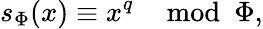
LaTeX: s_{\Phi}(x)\equiv x^{q}\mod\Phi,